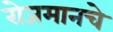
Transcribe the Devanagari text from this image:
रोजमानचे